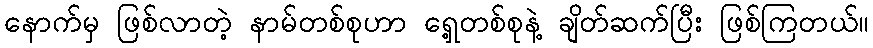
နောက်မှ ဖြစ်လာတဲ့ နာမ်တစ်စုဟာ ရှေ့တစ်စုနဲ့ ချိတ်ဆက်ပြီး ဖြစ်ကြတယ်။